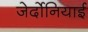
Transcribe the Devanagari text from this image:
जेर्दोनियाई